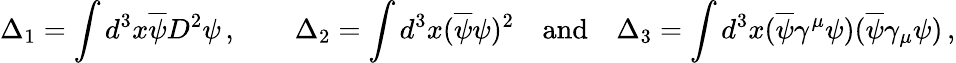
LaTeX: \Delta_{1}=\int d^{3}x\overline{{\psi}}D^{2}\psi\, ,\qquad\Delta_{2}=\int d^{3}x(\overline{{\psi}}\psi)^{2}\quad\mathrm{and}\quad\Delta_{3}=\int d^{3}x(\overline{{\psi}}\gamma^{\mu}\psi)(\overline{{\psi}}\gamma_{\mu}\psi)\, ,